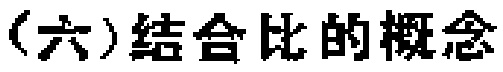
(六)结合比的概念